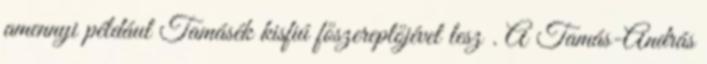
amennyi például Tamásék kisfiú főszereplőjével lesz . A Tamás-András